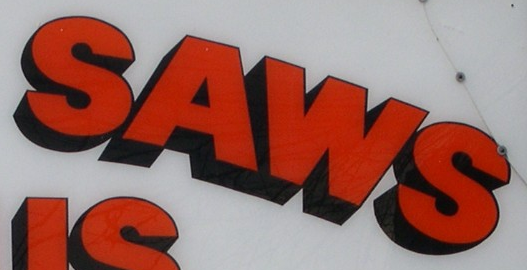
SAWS